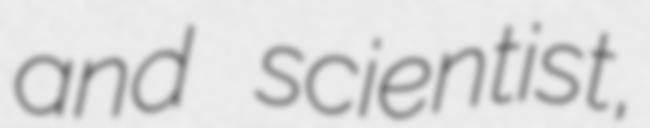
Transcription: and scientist,